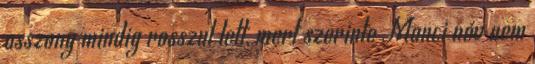
asszony mindig rosszul lett, mert szerinte Manci név nem